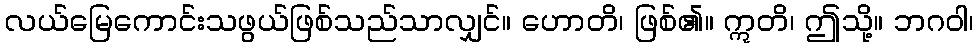
လယ်မြေကောင်းသဖွယ်ဖြစ်သည်သာလျှင်။ ဟောတိ၊ ဖြစ်၏။ ဣတိ၊ ဤသို့။ ဘဂဝါ၊